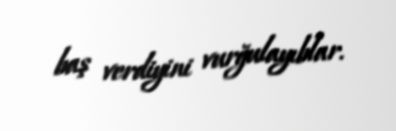
baş verdiyini vurğulayıblar.